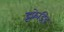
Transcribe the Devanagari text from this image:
इंफ्रेडिड